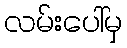
လမ်းပေါ်မှ